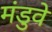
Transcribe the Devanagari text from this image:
मंडुवे